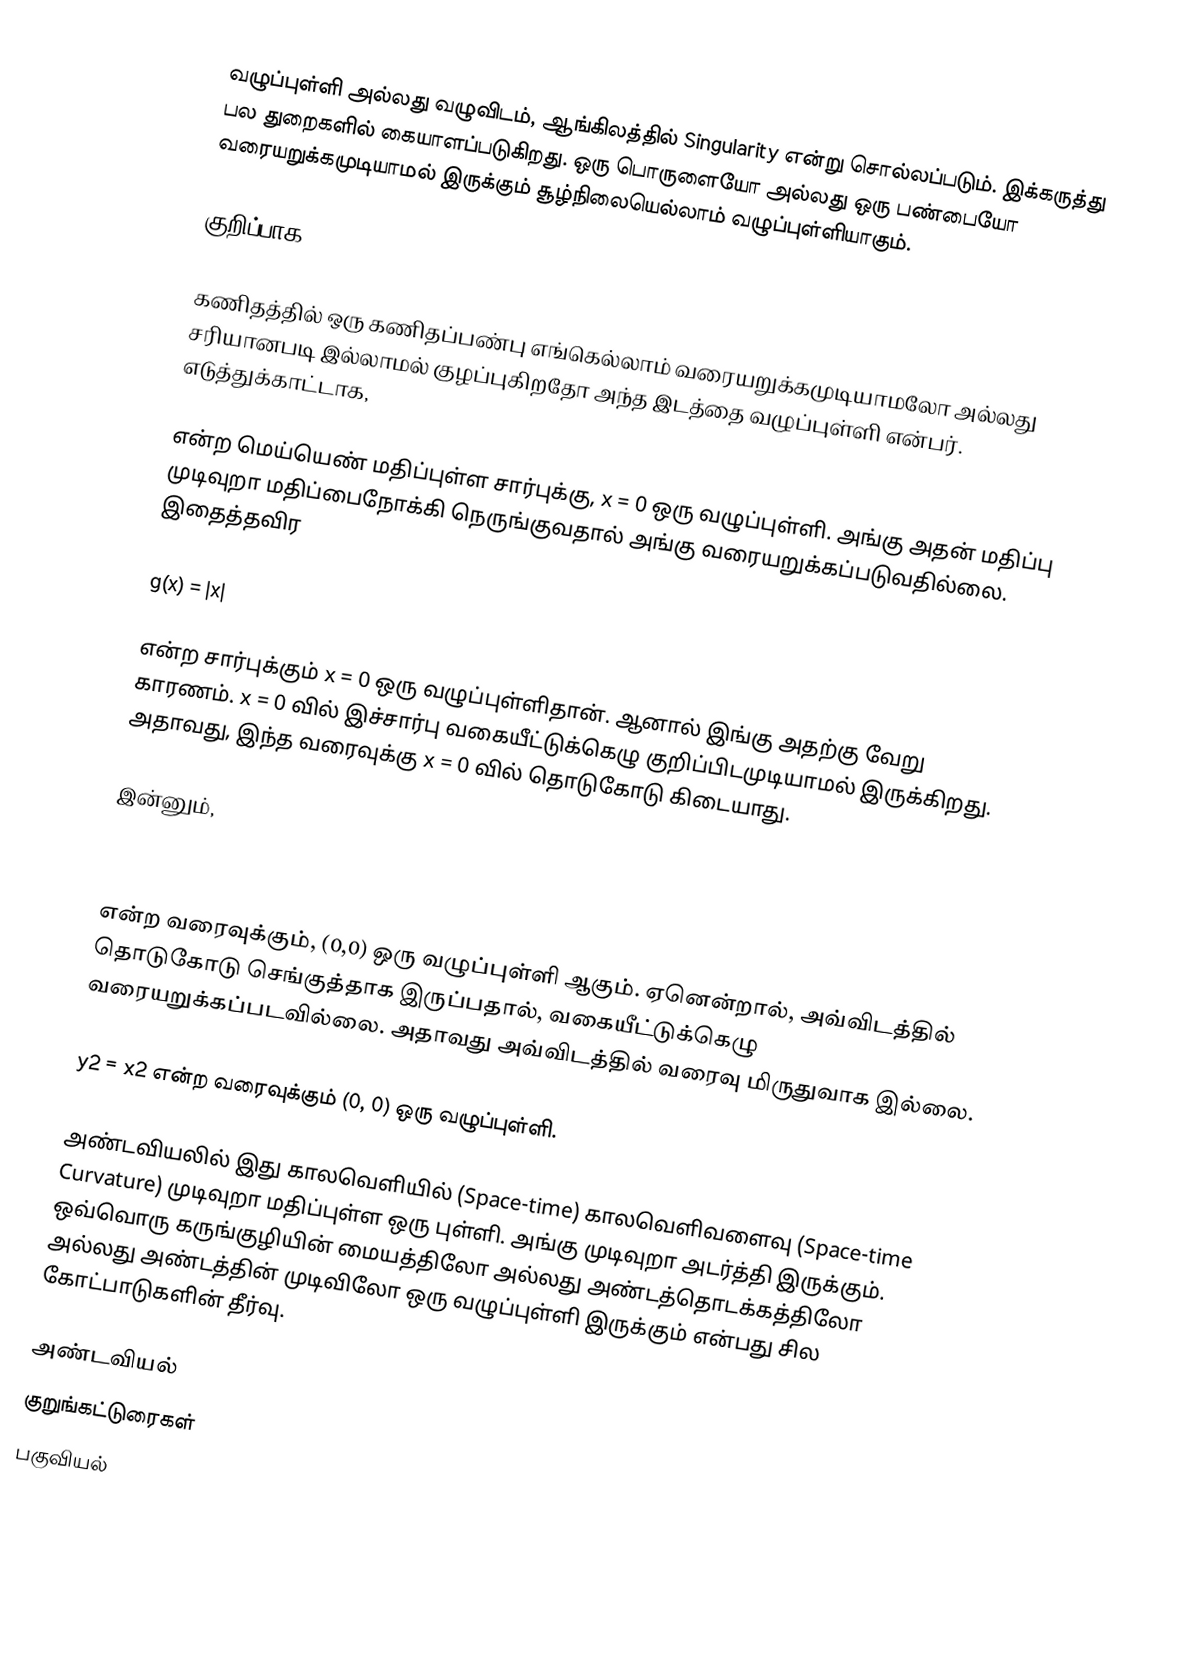
வழுப்புள்ளி அல்லது வழுவிடம், ஆங்கிலத்தில் Singularity என்று சொல்லப்படும். இக்கருத்து பல துறைகளில் கையாளப்படுகிறது. ஒரு பொருளையோ அல்லது ஒரு பண்பையோ வரையறுக்கமுடியாமல் இருக்கும் சூழ்நிலையெல்லாம் வழுப்புள்ளியாகும்.

குறிப்பாக,

கணிதத்தில் ஒரு கணிதப்பண்பு எங்கெல்லாம் வரையறுக்கமுடியாமலோ அல்லது சரியானபடி இல்லாமல் குழப்புகிறதோ அந்த இடத்தை வழுப்புள்ளி என்பர். எடுத்துக்காட்டாக,

என்ற மெய்யெண் மதிப்புள்ள சார்புக்கு, x = 0 ஒரு வழுப்புள்ளி. அங்கு அதன் மதிப்பு முடிவுறா மதிப்பைநோக்கி நெருங்குவதால் அங்கு வரையறுக்கப்படுவதில்லை. இதைத்தவிர

g(x) = |x|

என்ற சார்புக்கும்  x = 0 ஒரு வழுப்புள்ளிதான். ஆனால் இங்கு அதற்கு வேறு காரணம்.   x = 0 வில் இச்சார்பு வகையீட்டுக்கெழு குறிப்பிடமுடியாமல் இருக்கிறது. அதாவது, இந்த வரைவுக்கு x = 0 வில் தொடுகோடு கிடையாது.

இன்னும்,

y2 = x

என்ற வரைவுக்கும், (0,0) ஒரு வழுப்புள்ளி ஆகும். ஏனென்றால், அவ்விடத்தில் தொடுகோடு செங்குத்தாக இருப்பதால், வகையீட்டுக்கெழு வரையறுக்கப்படவில்லை. அதாவது அவ்விடத்தில் வரைவு மிருதுவாக இல்லை.

y2 = x2  என்ற வரைவுக்கும் (0, 0) ஒரு வழுப்புள்ளி.

அண்டவியலில் இது காலவெளியில் (Space-time)  காலவெளிவளைவு (Space-time Curvature) முடிவுறா மதிப்புள்ள ஒரு புள்ளி. அங்கு முடிவுறா அடர்த்தி இருக்கும். ஒவ்வொரு கருங்குழியின் மையத்திலோ அல்லது அண்டத்தொடக்கத்திலோ அல்லது அண்டத்தின் முடிவிலோ ஒரு வழுப்புள்ளி இருக்கும் என்பது சில கோட்பாடுகளின் தீர்வு.

அண்டவியல்
குறுங்கட்டுரைகள்
பகுவியல்